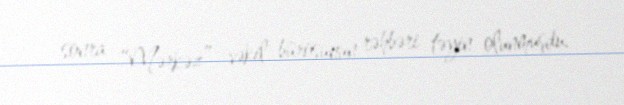
sonra “Mərkəz” vəkil bürosunun rəhbəri təyin olunmuşdu.